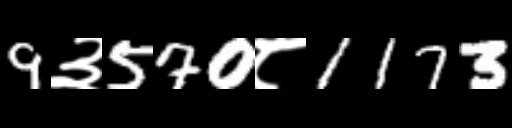
Text: 9३570८1173